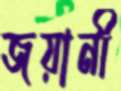
জয়ানী